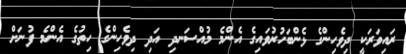
ރައިވަރަކީ ދިވެހިންގެ ޅެންބަހުރުވައިގެ އެންމެ މުއްސަނދި އަދި ދިވެހިންގެ ހިތުގެ އެންމެ ފުނަށް